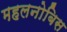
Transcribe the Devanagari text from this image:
महलनोबिस